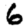
Digit: 6